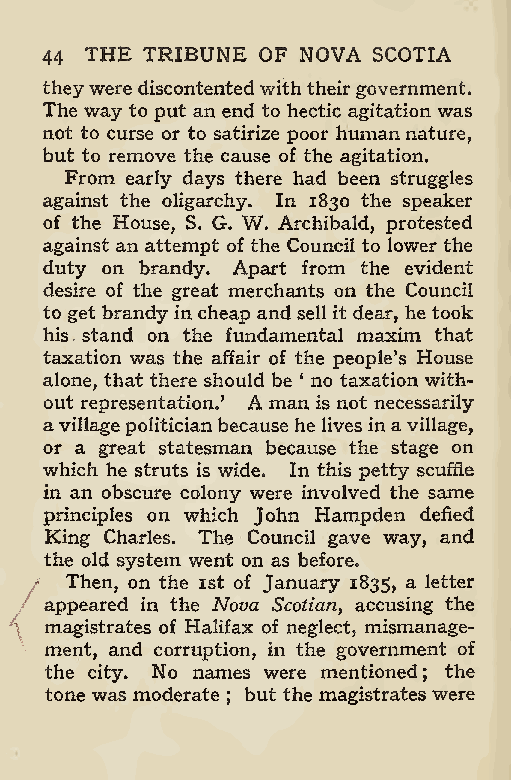
THE TRIBUNE OF NOVA SCOTIA
 44
 theywerediscontentedwiththeirgovernment.
 The way to put an end to hectic agitation was
 not to curse or to satirize poor humannature,
 but to remove the cause of the agitation.
 From early days there had been struggles
 against the oligarchy. In 1830 the speaker
 of the House, S. G. W. Archibald, protested
 against an attempt of the Council to lower the
 duty on brandy. Apart from the evident
 desire of the great merchants on the Council
 to get brandy in cheap and sell it dear, he took
 his stand on the fundamental maxim that
 taxation was the affair of the people’s House
 alone, that there should be ‘ no taxation with-
 out representation.’ A man is not necessarily
 avillagepolitician because he lives inavillage,
 or a great statesman because the stage on
 which he struts is wide. In this petty scuffle
 in an obscure colony were involved the same
 principles on which John Hampden defied
 King Charles. The Council gave way, and
 the old system went on as before.
 Then, on the 1st of January 1835, a letter
 appeared in the Nova Scotian accusing the
 ,
 magistrates of Halifax of neglect, mismanage-
 ment, and corruption, in the government of
 the city. No names were mentioned; the
 tone was moderate but the magistrates were
 ;